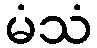
မံသံ